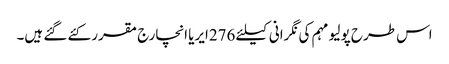
اس طرح پولیو مہم کی نگرانی کیلئے 276ایریا انچارج مقرر کئے گئے ہیں۔